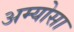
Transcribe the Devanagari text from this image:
अम्योसा